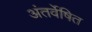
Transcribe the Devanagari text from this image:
अंतर्वेषित